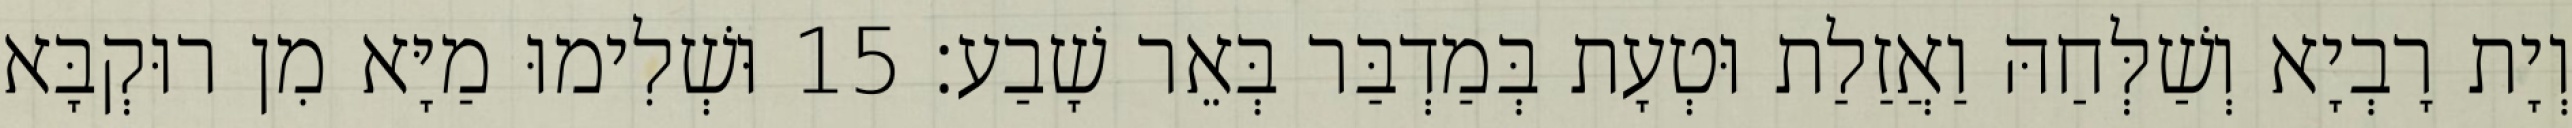
וְיָת רָבְיָא וְשַׁלְּחַהּ וַאֲזַלַת וּטְעָת בְּמַדְבַּר בְּאֵר שָׁבַע׃ 15 וּשְׁלִימוּ מַיָּא מִן רוּקְבָּא